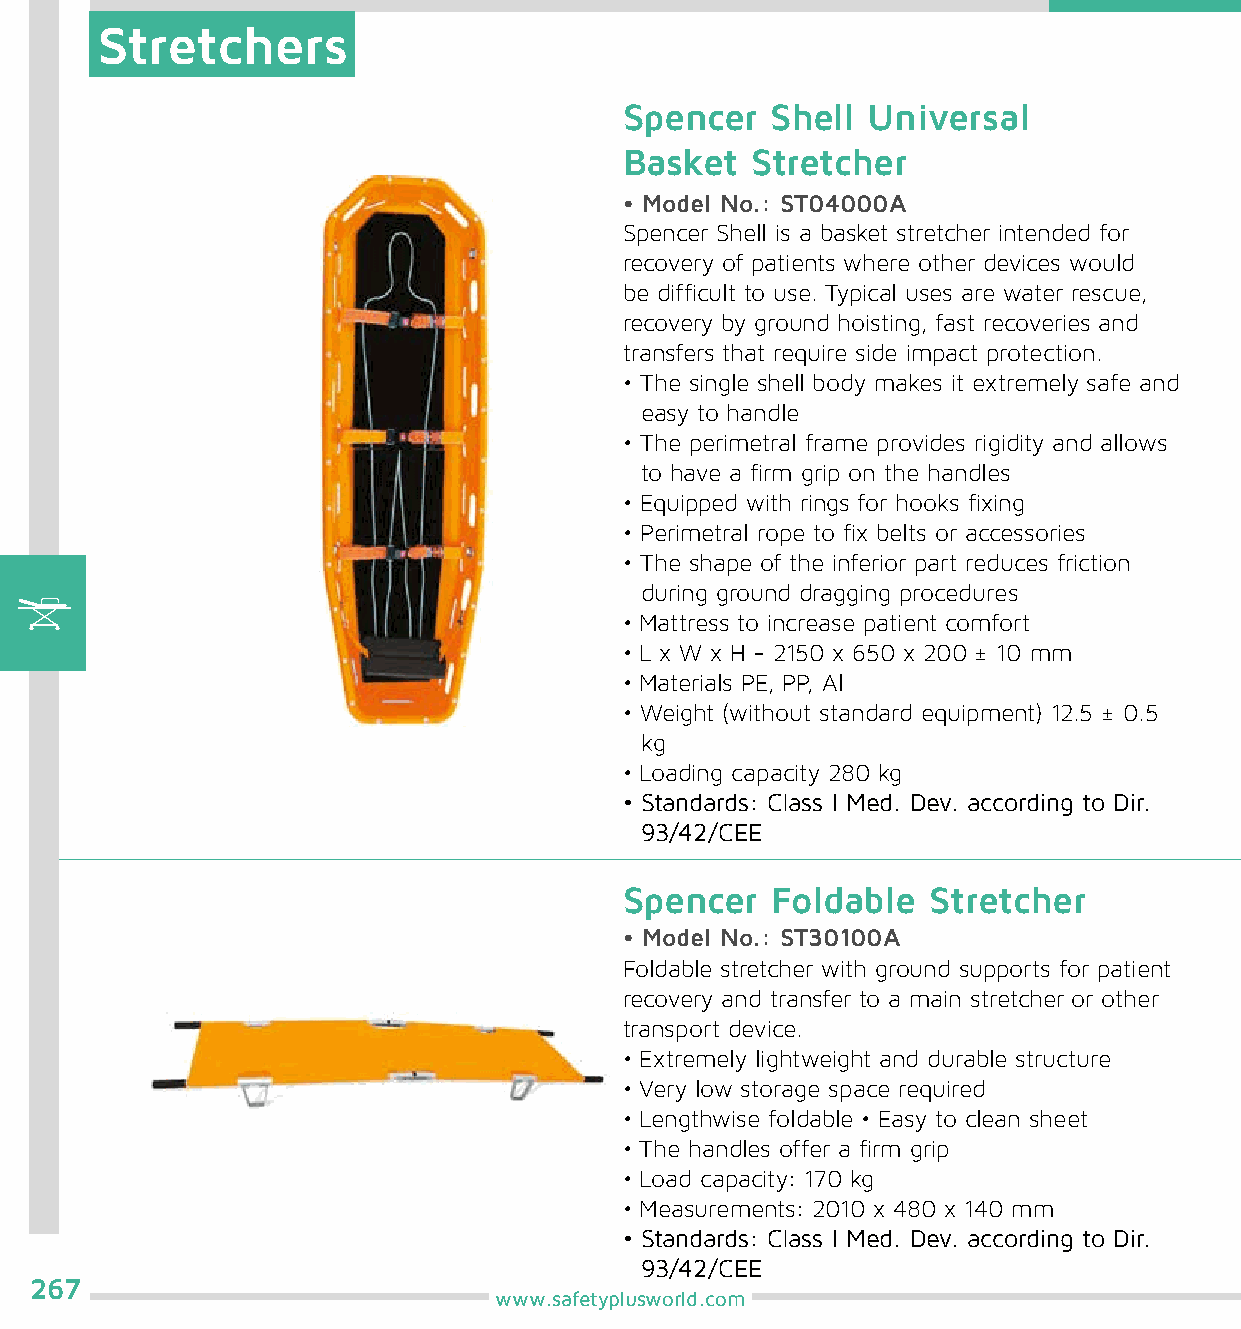
Stretchers
 Spencer   Shell Universal
 Basket   Stretcher
 • Model No.: ST04000A
 Spencer Shell is a basket stretcher intended for
 recovery of patients where other devices would
 be difficult to use. Typical uses are water rescue,
 recovery by ground hoisting, fast recoveries and
 transfers that require side impact protection.
 • The single shell body makes it extremely safe and
 easy to handle
 • The perimetral frame provides rigidity and allows
 to have a firm grip on the handles
 • Equipped with rings for hooks fixing
 • Perimetral rope to fix belts or accessories
 • The shape of the inferior part reduces friction
 during ground dragging procedures
 • Mattress to increase patient comfort
 • L x W x H - 2150 x 650 x 200 ± 10 mm
 • Materials PE, PP, Al
 • Weight (without standard equipment) 12.5 ± 0.5
 kg
 • Loading capacity 280 kg
 • Standards: Class I Med. Dev. according to Dir.
 93/42/CEE
 Spencer   Foldable   Stretcher
 • Model No.: ST30100A
 Foldable stretcher with ground supports for patient
 recovery and transfer to a main stretcher or other
 transport device.
 • Extremely lightweight and durable structure
 • Very low storage space required
 • Lengthwise foldable • Easy to clean sheet
 • The handles offer a firm grip
 • Load capacity: 170 kg
 • Measurements: 2010 x 480 x 140 mm
 • Standards: Class I Med. Dev. according to Dir.
 93/42/CEE
 267
 www.safetyplusworld.com